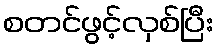
စတင်ဖွင့်လှစ်ပြီး